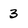
Character: 3